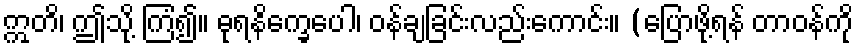
ဣတိ၊ ဤသို့ ကြံ၍။ ဓုရနိက္ခေပေါ၊ ဝန်ချခြင်းလည်းကောင်း။ (ပြောဖို့ရန် တာဝန်ကို